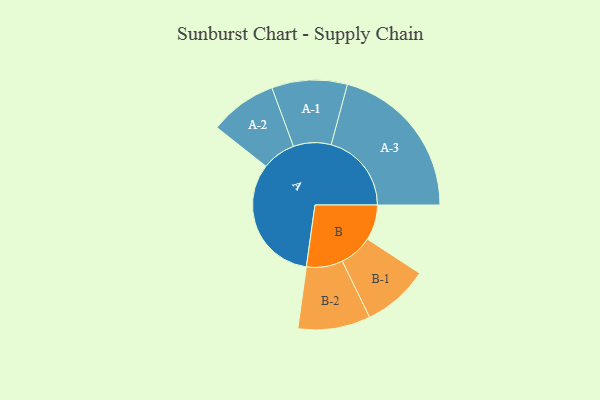
{"axis": {"x": "Segment", "y": "Value"}, "legend": ["", "A", "B"], "data": [{"x": "A", "y": 451, "type": ""}, {"x": "B", "y": 124, "type": ""}, {"x": "A-1", "y": 132, "type": "A"}, {"x": "A-2", "y": 118, "type": "A"}, {"x": "A-3", "y": 281, "type": "A"}, {"x": "B-1", "y": 116, "type": "B"}, {"x": "B-2", "y": 127, "type": "B"}]}